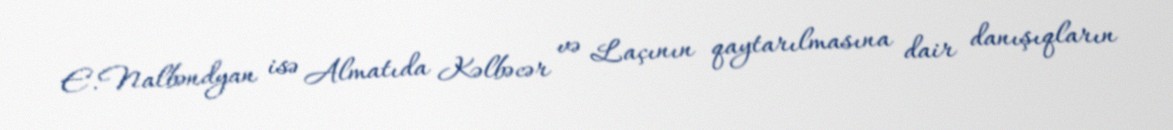
E.Nalbəndyan isə Almatıda Kəlbəcər və Laçının qaytarılmasına dair danışıqların